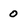
Character: 0